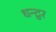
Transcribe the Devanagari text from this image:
धन्द्वर